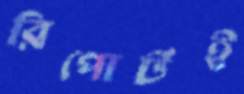
রিপোর্টই